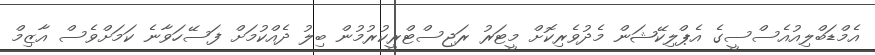
އެމްޑަބްލިއުއެސްސީގެ އެޕްލިކޭޝަން މެދުވެރިކޮށް މީޓަރު ރަޖިސްޓްރީކުރުމުން ބިލު ދެއްކުމަށް ފަސޭހަވާނެ ކަމަށްވެސް އާޒިމް